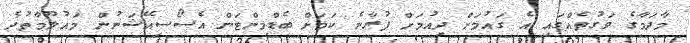
މާދަމާގެ ވަގުތެއްގައި އެ ގައުމަށް ދިއުމަށް ފުރާނެ ކަމަށް ބެޑްމިންޓަން އެސޯސިއޭޝަނުން މައުލޫމާތުދެ